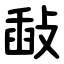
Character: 敮